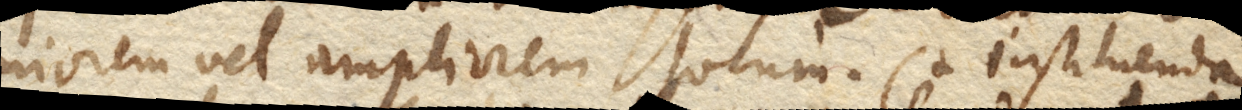
priorem vel ampliorem locum. (Instituenda